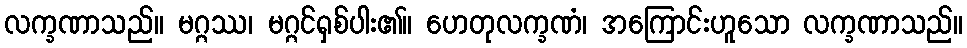
လက္ခဏာသည်။ မဂ္ဂဿ၊ မဂ္ဂင်ရှစ်ပါး၏။ ဟေတုလက္ခဏံ၊ အကြောင်းဟူသော လက္ခဏာသည်။